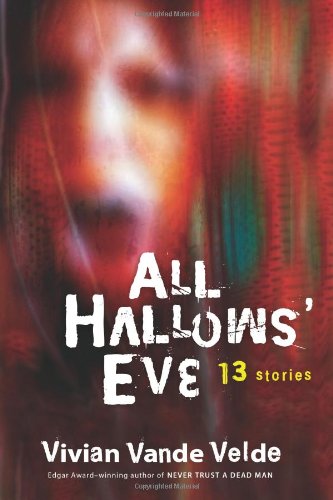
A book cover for All Hallows' Eve: 13 Stories; Vivian Vande Velde; Teen & Young Adult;